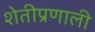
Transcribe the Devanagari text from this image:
शेतीप्रणाली